Leaving Certificate Examination, 1903
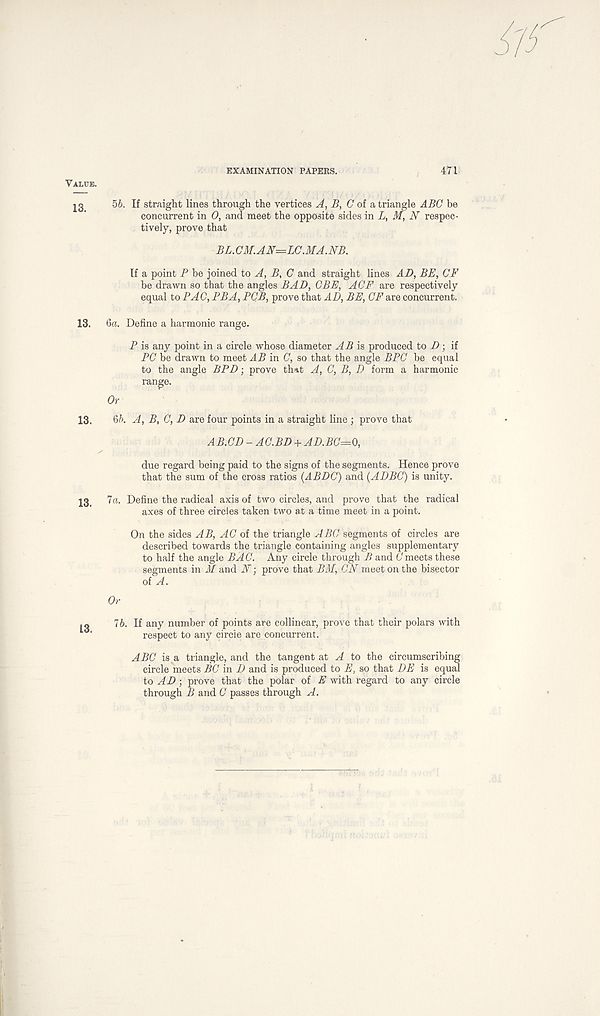
Value.
EXAMINATION PAPERS.
471
56. If straight lines through the vertices A, B, (7 of a triangle ABC be
concurrent in 0, and meet the opposite sides in L, M, N respec-
tively, prove that
If a point P be joined to A, B, C and straight lines AD, BE, CF
be drawn so that the angles BAD, CBE, ACF are respectively
equal to PAG, PBA, PCB, prove that AD, BE, CF are concurrent.
13. 6a. Define a harmonic range.
P is any point in a circle whose diameter AB is, produced to D ■ , if
PC be drawn to meet AB in C, so that the angle BPC be equal
to the angle BPD-, prove that A, C, B, D form a harmonic
range.
Or
13. 66. A, B, C, D are four points in a straight line ; prove that
AB.CD - AC.BD + AD.BC^O,
due regard being paid to the signs of the segments. Hence prove
that the sum of the cross ratios (ABDC) and (ADBC) is unity.
13. 7«. Define the radical axis of two circles, and prove that the radical
axes of three circles taken two at a time meet in a point.
On the sides AB, AC of the triangle ABC segments of circles are
described towards the triangle containing angles supplementary
to half the angle BA C. Any circle through B and C meets these
segments in M and A r ; prove that BM, CN meet on the bisector
of A.
Or
76. If any number of points are collinear, prove that their polars with
'
respect to any circle are concurrent.
ABC is a triangle, and the tangent at A to the circumscribing
circle meets BC in D and is produced to E, so that DE is equal
to AD ■ prove that the polar of E with regard to any circle
through B and C passes through A.